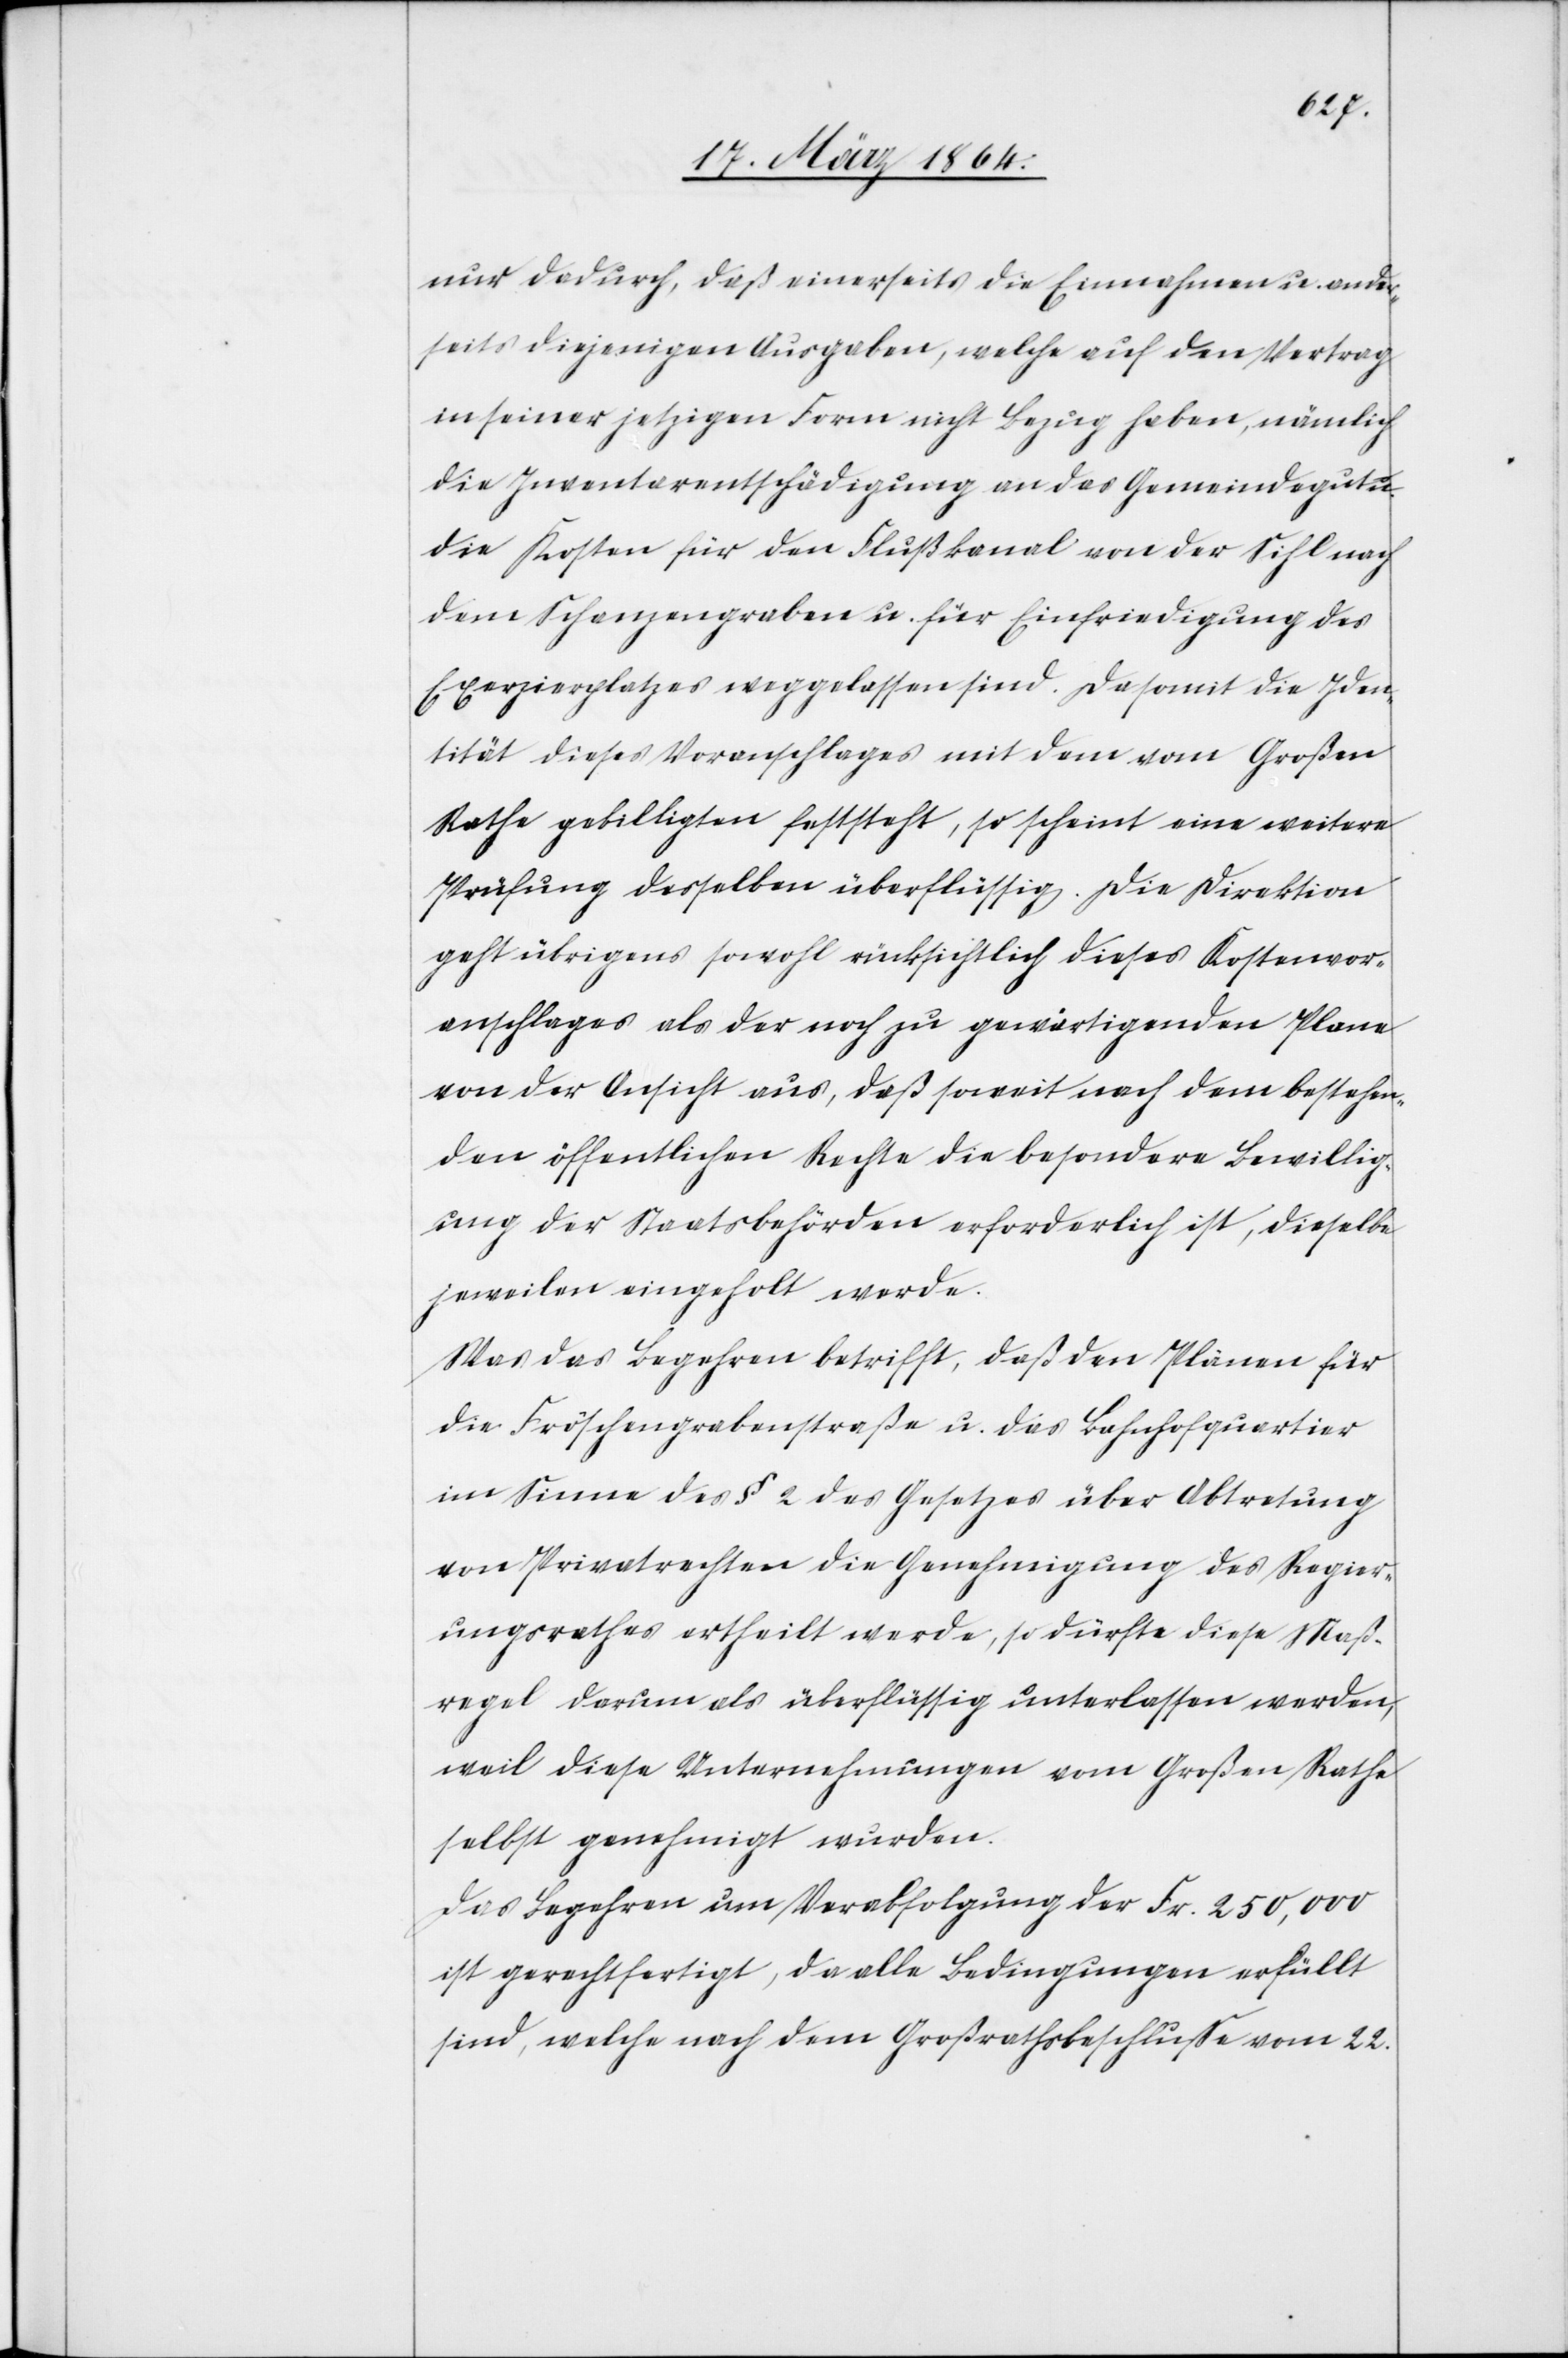
dadurch, daß einerseits die Einnahmen u. ander¬
seits diejenigen Ausgaben, welche auf den Vertrag
in seiner jetzigen Form nicht Bezug haben, nämlich
die Inventarentschädigung an das Gemeindegut u.
die Kosten für den Flußkanal von der Sihl nach
dem Schanzengraben u. für Einfriedigung des
Exerzierplatzes weggelassen sind. Da somit die Iden¬
tität dieses Voranschlages mit dem vom Großen
Rathe gebilligten feststeht, so scheint eine weitere
Prüfung desselben überflüssig. Die Direktion
geht übrigens sowohl rücksichtlich dieses Kostenvor¬
anschlages als der noch zu gewärtigenden Plane
von der Ansicht aus, daß soweit nach dem bestehen¬
den öffentlichen Rechte die besondere Bewillig¬
ung der Staatsbehörden erforderlich ist, dieselbe
jeweilen eingeholt werde.
Was das Begehren betrifft, daß den Plänen für
die Fröschengrabenstraße u. das Bahnhofquartier
im Sinne des § 2 des Gesetzes über Abtretung
von Privatrechten die Genehmigung des Regier¬
ungsrathes ertheilt werde, so dürfte diese Maß¬
regel darum als überflüssig unterlassen werden,
weil diese Unternehmungen vom Großen Rathe
selbst genehmigt wurden.
Das Begehren um Verabfolgung der Fr. 250,000
ist gerechtfertigt, da alle Bedingungen erfüllt
sind, welche nach dem Großrathsbeschlusse vom 22.